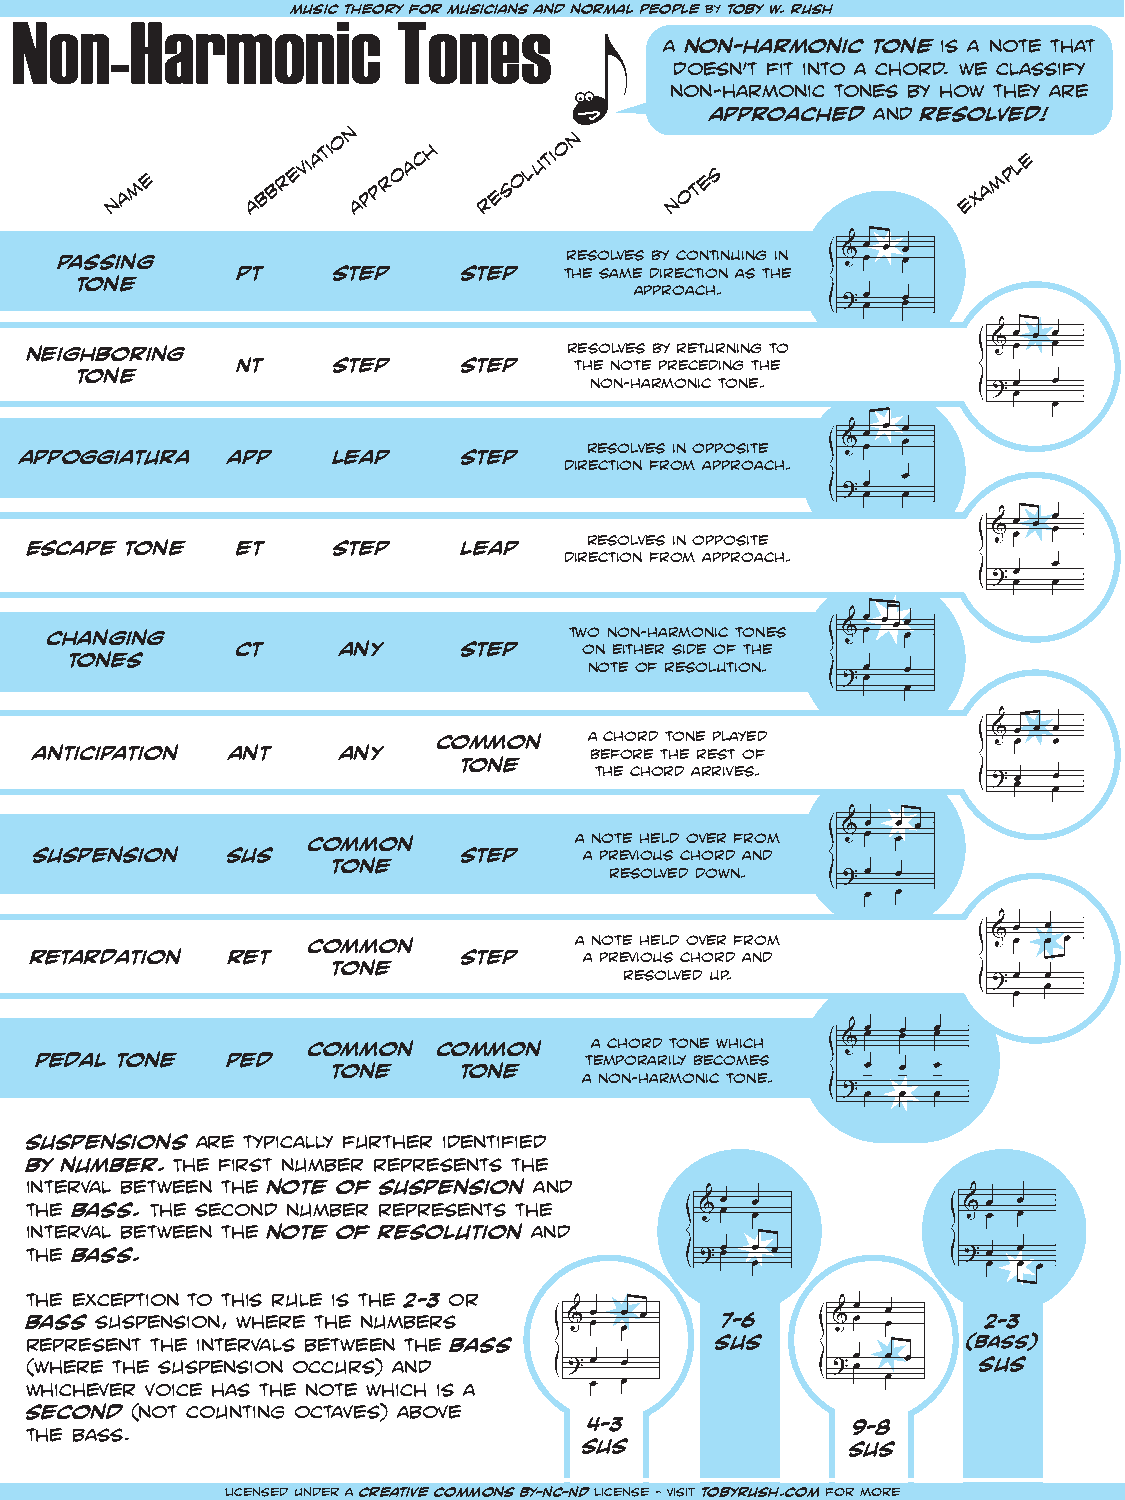
Non-Harmomunsici      tcheo ryT foor mnusiceianss and normal people by toby w. rush
 a non-harmonic tone is a note that
 doesn’t fit into a chord. we classify
 non-harmonic tones by how they are
 approached and resolved!
 n
 o               n
 a m e    b b r e
 viati
 p p r o a c
 h
 e s o l u
 tio
 o t e s             x a m p l e
 n         a     a        r           n                   e
 passing                          resolves by continuing in
 pt    step     step  the same direction as the
 tone
 approach.
 neighboring                         resolves by returning to
 Nt    step     step   the note preceding the
 tone
 non-harmonic tone.
 resolves in opposite
 appoggiatura  app    leap     step
 direction from approach.
 resolves in opposite
 Escape tone   et    step     leap
 direction from approach.
 changing                           two non-harmonic tones
 ct     any     step    on either side of the
 tones
 note of resolution.
 common    a chord tone played
 anticipation ant     any             before the rest of
 tone
 the chord arrives.
 common            a note held over from
 suspension   sus             step    a previous chord and
 tone
 resolved down.
 common            a note held over from
 retardation  ret             step    a previous chord and
 tone
 resolved up.
 common   common    a chord tone which
 pedal tone   ped                     temporarily becomes
 tone    tone
 a non-harmonic tone.
 suspensions are typically further identified
 by number. The first number represents the
 interval between the note of suspension and
 the bass. The second number represents the
 interval between the note of resolution and
 the bass.
 the exception to this rule is the 2-3 or
 bass suspension, where the numbers            7-6              2-3
 represent the intervals between the bass     sus              (bass)
 (where the suspension occurs) and                              sus
 whichever voice has the note which is a
 second (not counting octaves) above
 4-3              9-8
 the bass.
 sus              sus
 licensed under a creative commons BY-NC-ND license - visit tobyrush.com for more